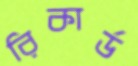
রিকার্ড